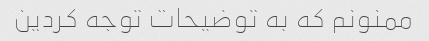
ممنونم که به توضیحات توجه کردین